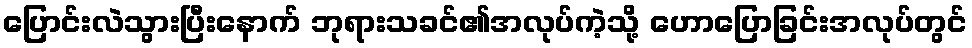
ပြောင်းလဲသွားပြီးနောက် ဘုရားသခင်၏အလုပ်ကဲ့သို့ ဟောပြောခြင်းအလုပ်တွင်